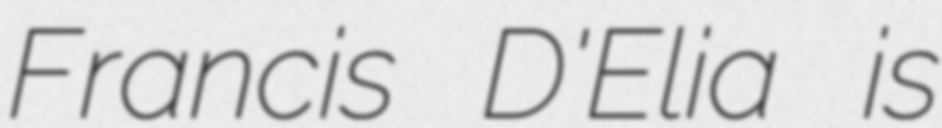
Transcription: Francis D'Elia is